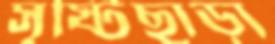
সৃষ্টিছাড়া